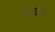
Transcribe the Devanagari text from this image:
बैलगाडीवान